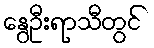
နွေဦးရာသီတွင်